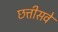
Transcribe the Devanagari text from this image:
छत्तीसवे